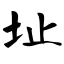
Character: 址